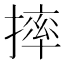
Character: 摔